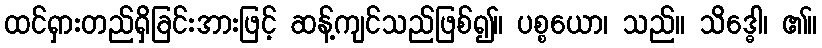
ထင်ရှားတည်ရှိခြင်းအားဖြင့် ဆန့်ကျင်သည်ဖြစ်၍။ ပစ္စယော၊ သည်။ သိဒ္ဓေါ၊ ၏။